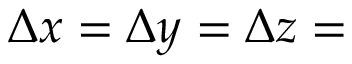
\Delta x = \Delta y = \Delta z =